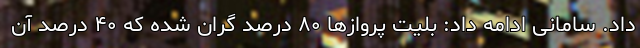
داد. سامانی ادامه داد: بلیت پروازها ۸۰ درصد گران شده که ۴۰ درصد آن